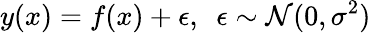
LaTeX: y(x)=f(x)+\epsilon,\ \ \epsilon\sim{\mathcal{N}}(0,\sigma^{2})